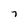
Character: 7